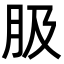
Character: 䏜